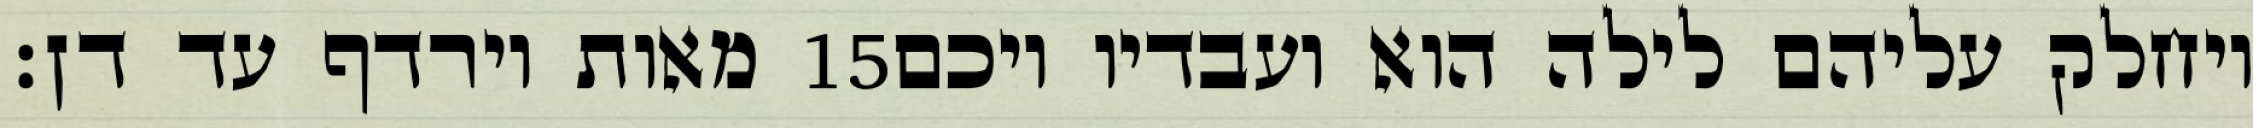
מאות וירדף עד דן׃ ‎15‏ ויחלק עליהם לילה הוא ועבדיו ויכם